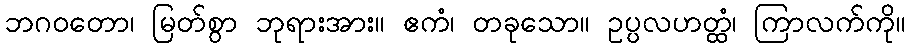
ဘဂဝတော၊ မြတ်စွာ ဘုရားအား။ ဧကံ၊ တခုသော။ ဥပ္ပလဟတ္ထံ၊ ကြာလက်ကို။